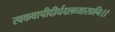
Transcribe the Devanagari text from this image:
स्वकवापीदीर्घदलव्यासानि।।